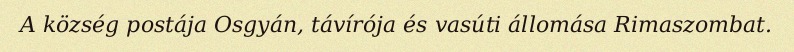
A község postája Osgyán, távírója és vasúti állomása Rimaszombat.